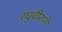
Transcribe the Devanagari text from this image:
रघुवीराने